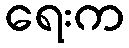
ရေးက